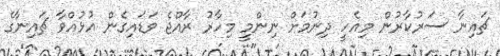
ޗައިނާ ސަރުކާރުން މިއެހީ ދިނުމަށް ނިންމީ މިހާރު ރާއްޖެ ވަޑައިގެން އުޅުއްވާ ޗައިނާގެ